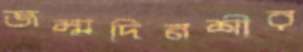
জম্মদিনশীর